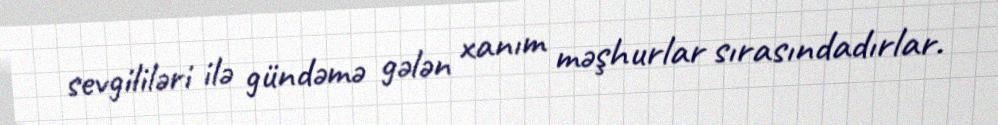
sevgililəri ilə gündəmə gələn xanım məşhurlar sırasındadırlar.